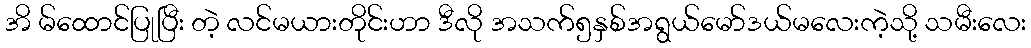
အိ မ်ထောင်ပြုပြီး တဲ့ လင်မယားတိုင်းဟာ ဒီလို အသက်၅နှစ်အရွယ်မော်ဒယ်မလေးကဲ့သို့ သမီးလေး